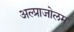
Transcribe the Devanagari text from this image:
अल्प्राजोलम